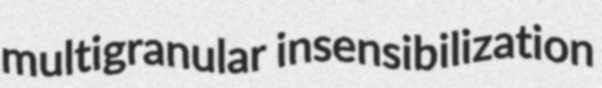
multigranular insensibilization